Bombay plague: being a history of the progress of plague in the Bombay presidency from September 1896 to June 1899
Year: 1896
Disease focus: Plague
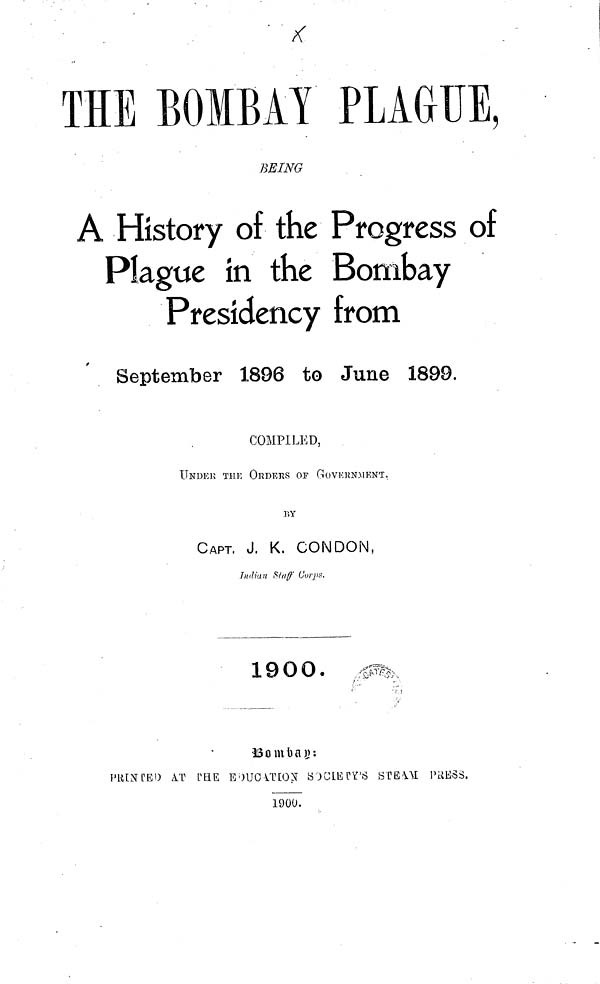
THE BOMBAY PLAGUE,
BEING
A History of the Progress of
Plague in the Bombay
Presidency from
September 1896 to June 1899.
COMPILED,
UNDER THF, ORDERS OF GOVERNMENT.
BY
CAPT. J. K. CONDON,
Indian Staff Corps.
1900.
Bombay:
PRINCED AΤ TΗΕ EDUCATION SOCIETY'S STEAM PRESS.
1900.